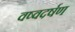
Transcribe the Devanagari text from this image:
वष्वदर्षण